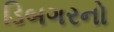
ડિબગરનો